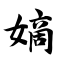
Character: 嫡